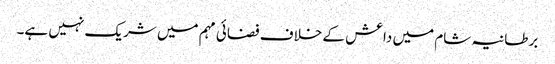
برطانیہ شام میں داعش کے خلاف فضائی مہم میں شریک نہیں ہے۔